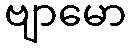
ဗျာမော